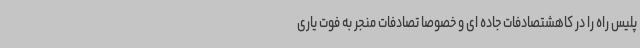
پلیس راه را در کاهشتصادفات جاده ای و خصوصا تصادفات منجر به فوت یاری